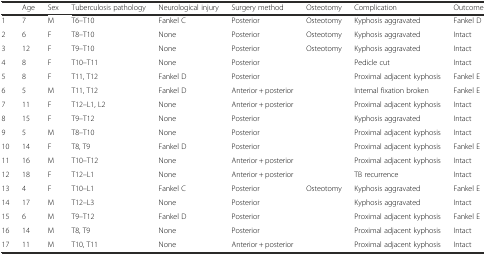
<table><thead><tr><td></td><td><b>Age</b></td><td><b>Sex</b></td><td><b>Tuberculosis pathology</b></td><td><b>Neurological injury</b></td><td><b>Surgery method</b></td><td><b>Osteotomy</b></td><td><b>Complication</b></td><td><b>Outcome</b></td></tr></thead><tbody><tr><td>1</td><td>7</td><td>M</td><td>T6–T10</td><td>Fankel C</td><td>Posterior</td><td>Osteotomy</td><td>Kyphosis aggravated</td><td>Fankel D</td></tr><tr><td>2</td><td>6</td><td>F</td><td>T8–T10</td><td>None</td><td>Posterior</td><td>Osteotomy</td><td>Kyphosis aggravated</td><td>Intact</td></tr><tr><td>3</td><td>12</td><td>F</td><td>T9–T10</td><td>None</td><td>Posterior</td><td>Osteotomy</td><td>Kyphosis aggravated</td><td>Intact</td></tr><tr><td>4</td><td>8</td><td>F</td><td>T10–T11</td><td>None</td><td>Posterior</td><td></td><td>Pedicle cut</td><td>Intact</td></tr><tr><td>5</td><td>8</td><td>F</td><td>T11, T12</td><td>Fankel D</td><td>Posterior</td><td></td><td>Proximal adjacent kyphosis</td><td>Fankel E</td></tr><tr><td>6</td><td>5</td><td>M</td><td>T11, T12</td><td>Fankel D</td><td>Anterior + posterior</td><td></td><td>Internal fixation broken</td><td>Fankel E</td></tr><tr><td>7</td><td>11</td><td>F</td><td>T12–L1, L2</td><td>None</td><td>Anterior + posterior</td><td></td><td>Proximal adjacent kyphosis</td><td>Intact</td></tr><tr><td>8</td><td>15</td><td>F</td><td>T9–T12</td><td>None</td><td>Posterior</td><td></td><td>Kyphosis aggravated</td><td>Intact</td></tr><tr><td>9</td><td>5</td><td>M</td><td>T8–T10</td><td>None</td><td>Posterior</td><td></td><td>Proximal adjacent kyphosis</td><td>Intact</td></tr><tr><td>10</td><td>14</td><td>F</td><td>T8, T9</td><td>Fankel D</td><td>Posterior</td><td></td><td>Proximal adjacent kyphosis</td><td>Fankel E</td></tr><tr><td>11</td><td>16</td><td>M</td><td>T10–T12</td><td>None</td><td>Anterior + posterior</td><td></td><td>Proximal adjacent kyphosis</td><td>Intact</td></tr><tr><td>12</td><td>18</td><td>F</td><td>T12–L1</td><td>None</td><td>Anterior + posterior</td><td></td><td>TB recurrence</td><td>Intact</td></tr><tr><td>13</td><td>4</td><td>F</td><td>T10–L1</td><td>Fankel C</td><td>Posterior</td><td>Osteotomy</td><td>Kyphosis aggravated</td><td>Fankel E</td></tr><tr><td>14</td><td>17</td><td>M</td><td>T12–L3</td><td>None</td><td>Posterior</td><td></td><td>Kyphosis aggravated</td><td>Intact</td></tr><tr><td>15</td><td>6</td><td>M</td><td>T9–T12</td><td>Fankel D</td><td>Posterior</td><td></td><td>Proximal adjacent kyphosis</td><td>Fankel E</td></tr><tr><td>16</td><td>14</td><td>M</td><td>T8, T9</td><td>None</td><td>Posterior</td><td></td><td>Proximal adjacent kyphosis</td><td>Intact</td></tr><tr><td>17</td><td>11</td><td>M</td><td>T10, T11</td><td>None</td><td>Anterior + posterior</td><td></td><td>Proximal adjacent kyphosis</td><td>Intact</td></tr></tbody></table>